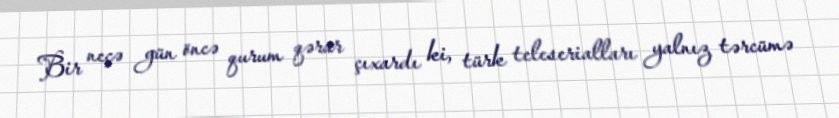
Bir neçə gün öncə qurum qərar çıxardı ki, türk teleserialları yalnız tərcümə